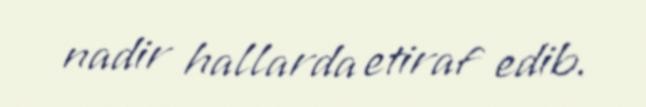
nadir hallarda etiraf edib.